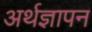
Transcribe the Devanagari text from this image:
अर्थज्ञापन